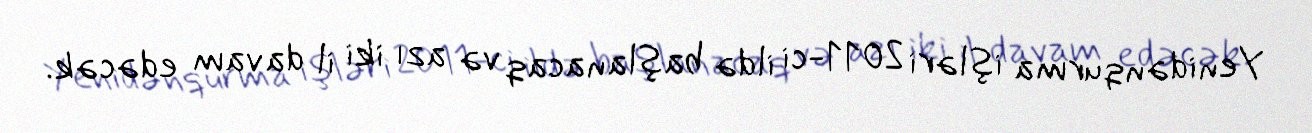
Yenidənqurma işləri 2011-ci ildə başlanacaq və azı iki il davam edəcək.